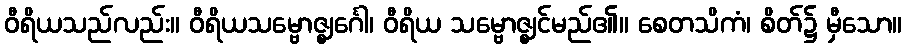
ဝီရိယသည်လည်း။ ဝီရိယသမ္ဗောဇ္ဈင်္ဂေါ၊ ဝီရိယ သမ္ဗောဇ္ဈင်မည်၏။ စေတသိကံ၊ စိတ်၌ မှီသော။